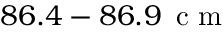
8 6 . 4 - 8 6 . 9 \, \mathrm { ~ c ~ m ~ }